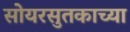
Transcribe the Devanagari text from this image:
सोयरसुतकाच्या